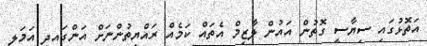
އަތޮޅުގައި ސިޔާސީ ގޮތުން އައުން ލާޒިމް އެތައް ކަމެއް ރައްޔިތުންނަށް އަންގައިދީ އަމަލީ